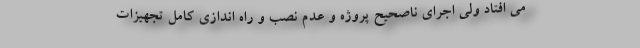
می افتاد ولی اجرای ناصحیح پروژه و عدم نصب و راه اندازی کامل تجهیزات